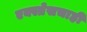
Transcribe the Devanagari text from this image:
एक्स्प्रेसचाही